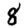
Digit: 8